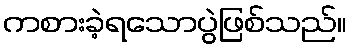
ကစားခဲ့ရသောပွဲဖြစ်သည်။